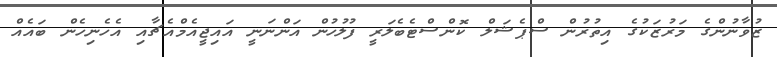
ޒުވާނުންގެ މަރުޒަކުގެ އިތުރުން ސްޕެޝަލް ކޮންސްޓެބެލަރީ ފުލުހުން އަންނަނީ އައިޖީއެމްއެޗާއި އެހެނިހެން ބައެއް